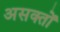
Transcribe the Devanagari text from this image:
असक्तों